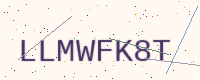
Text: LLMWFK8T